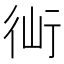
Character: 𧗣